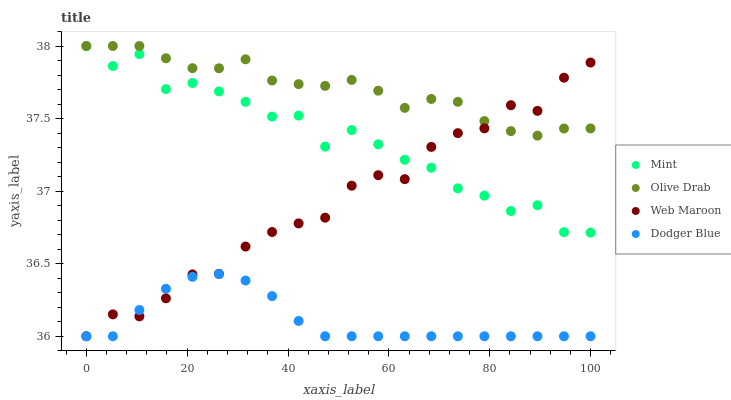
| xaxis_label | Mint | Olive Drab | Web Maroon | Dodger Blue |
 | --- | --- | --- | --- | --- |
 | 0 | 38 | 38 | 36 | 36 |
 | 5.26 | 37.9 | 38 | 36.2 | 36 |
 | 10.5 | 37.9 | 38 | 36.1 | 36.2 |
 | 15.8 | 37.7 | 37.9 | 36.3 | 36.3 |
 | 21.1 | 37.7 | 37.8 | 36.4 | 36.4 |
 | 26.3 | 37.7 | 37.8 | 36.4 | 36.4 |
 | 31.6 | 37.6 | 37.9 | 36.6 | 36.4 |
 | 36.8 | 37.5 | 37.8 | 36.7 | 36.3 |
 | 42.1 | 37.5 | 37.7 | 36.8 | 36.1 |
 | 47.4 | 37.3 | 37.7 | 36.8 | 36 |
 | 52.6 | 37.4 | 37.8 | 37 | 36 |
 | 57.9 | 37.3 | 37.7 | 37.1 | 36 |
 | 63.2 | 37.2 | 37.6 | 37.1 | 36 |
 | 68.4 | 37.2 | 37.6 | 37.3 | 36 |
 | 73.7 | 37 | 37.6 | 37.4 | 36 |
 | 78.9 | 37 | 37.5 | 37.4 | 36 |
 | 84.2 | 36.9 | 37.4 | 37.6 | 36 |
 | 89.5 | 36.9 | 37.4 | 37.6 | 36 |
 | 94.7 | 36.7 | 37.4 | 37.8 | 36 |
 | 100 | 36.7 | 37.4 | 37.9 | 36 |